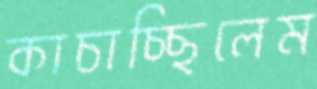
কাচাচ্ছিলেম